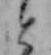
と